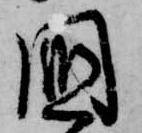
国